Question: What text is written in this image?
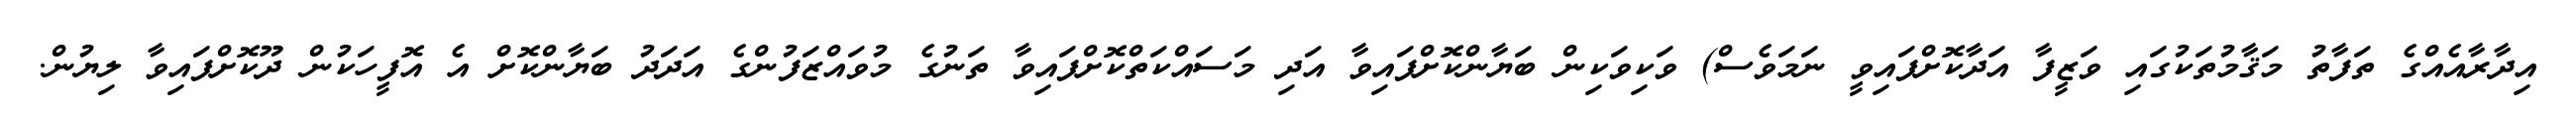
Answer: އިދާރާއެއްގެ ތަފާތު މަޤާމުތަކުގައި ވަޒީފާ އަދާކޮށްފައިވީ ނަމަވެސް) ވަކިވަކިން ބަޔާންކޮށްފައިވާ އަދި މަސައްކަތްކޮށްފައިވާ ތަނުގެ މުވައްޒަފުންގެ އަދަދު ބަޔާންކޮށް އެ އޮފީހަކުން ދޫކޮށްފައިވާ ލިޔުން.